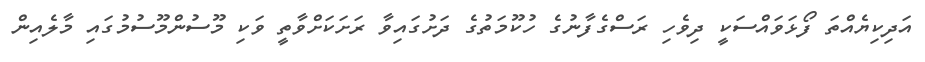
އަދިކިޔެއްތަ ފޯޅަވައްސަކީ ދިވެހި ރަސްގެފާނުގެ ހުކޫމަތުގެ ދަށުގައިވާ ރަށަކަށްވާތީ ވަކި މޫސުންމޫސުމުގައި މާލެއިން